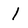
Character: I